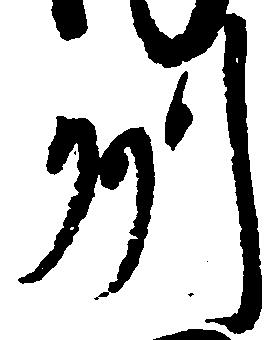
州